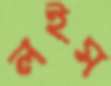
লইস